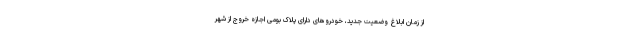
از زمان ابلاغ وضعیت جدید، خودروهای دارای پلاک بومی اجازه خروج از شهر